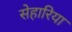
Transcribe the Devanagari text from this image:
सेहारिया